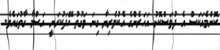
ކޮންމެއަކަސް އެ ދުވަސްކޮޅު އަހަރެންގެ އެކުވެރިޔާ ގިނަ ވަގުތު ހޭދަކުރަނީ އަސްމާ ގާތުގައެވެ.